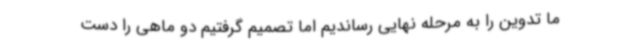
ما تدوین را به مرحله نهایی رساندیم اما تصمیم گرفتیم دو ماهی را دست